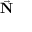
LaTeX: \vec { \mathbf { N } }